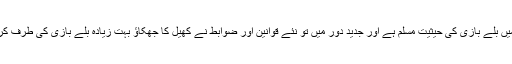
کرکٹ میں بلے بازی کی حیثیت مسلّم ہے اور جدید دور میں تو نئے قوانین اور ضوابط نے کھیل کا جھکاؤ بہت زیادہ بلّے بازی کی طرف کردیا ہے۔